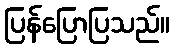
ပြန်ပြောပြသည်။